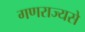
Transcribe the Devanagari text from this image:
गणराज्यसे